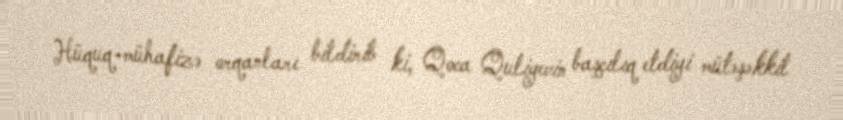
Hüquq-mühafizə orqanları bildirib ki, Qoca Quliyevin başçılıq etdiyi mütəşəkkil